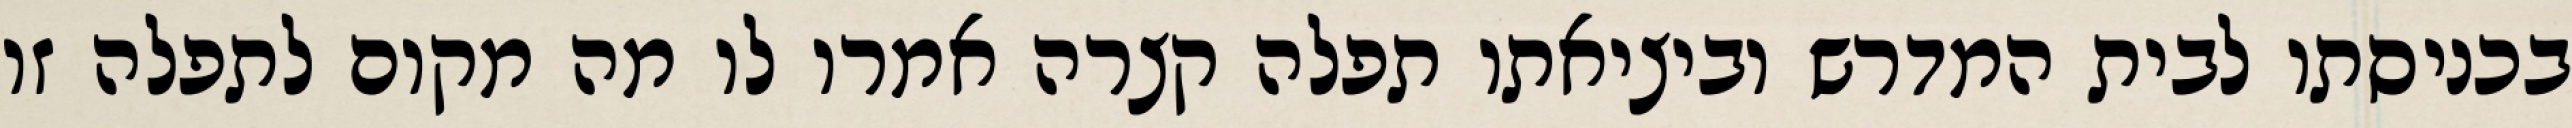
בכניסתו לבית המדרש וביציאתו תפלה קצרה אמרו לו מה מקום לתפלה זו